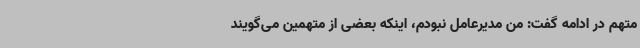
متهم در ادامه گفت: من مدیرعامل نبودم، اینکه بعضی از متهمین می‌گویند